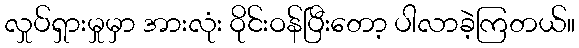
လှုပ်ရှားမှုမှာ အားလုံး ဝိုင်းဝန်ပြီးတော့ ပါလာခဲ့ကြတယ်။